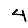
Digit: 4